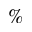
\%